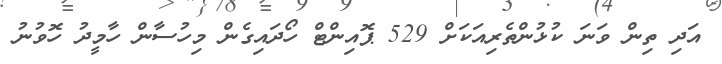
އަދި ތިން ވަނަ ކުޅުންތެރިއަކަށް 529 ޕޮއިންޓް ހޯދައިގެން މިހުސާން ހާމީދު ހޮވުނު